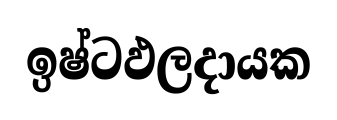
ඉෂ්ටඵලදායක